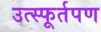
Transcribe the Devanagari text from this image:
उत्स्फूर्तपण